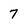
Character: 7